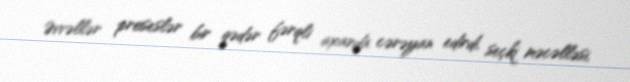
Əvvəllər proseslər bir qədər fərqli axarda cərəyan edirdi, seçki məcəlləsi,